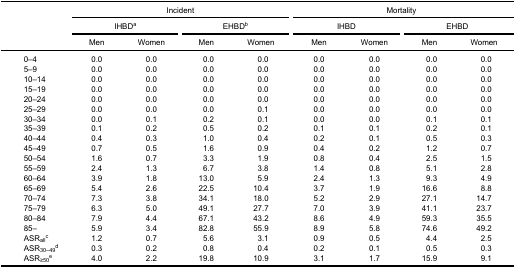
<table><thead><tr><td rowspan="5"><b> </b></td><td colspan="4"><b>Incident</b></td><td colspan="4"><b>Mortality</b></td></tr><tr><td colspan="2"><b>IHBD<sup>a</sup></b></td><td colspan="2"><b>EHBD<sup>b</sup></b></td><td colspan="2"><b>IHBD</b></td><td colspan="2"><b>EHBD</b></td></tr><tr><td><b>Men</b></td><td><b>Women</b></td><td><b>Men</b></td><td><b>Women</b></td><td><b>Men</b></td><td><b>Women</b></td><td><b>Men</b></td><td><b>Women</b></td></tr></thead><tbody><tr><td>0–4</td><td>0.0</td><td>0.0</td><td>0.0</td><td>0.0</td><td>0.0</td><td>0.0</td><td>0.0</td><td>0.0</td></tr><tr><td>5–9</td><td>0.0</td><td>0.0</td><td>0.0</td><td>0.0</td><td>0.0</td><td>0.0</td><td>0.0</td><td>0.0</td></tr><tr><td>10–14</td><td>0.0</td><td>0.0</td><td>0.0</td><td>0.0</td><td>0.0</td><td>0.0</td><td>0.0</td><td>0.0</td></tr><tr><td>15–19</td><td>0.0</td><td>0.0</td><td>0.0</td><td>0.0</td><td>0.0</td><td>0.0</td><td>0.0</td><td>0.0</td></tr><tr><td>20–24</td><td>0.0</td><td>0.0</td><td>0.0</td><td>0.0</td><td>0.0</td><td>0.0</td><td>0.0</td><td>0.0</td></tr><tr><td>25–29</td><td>0.0</td><td>0.0</td><td>0.0</td><td>0.1</td><td>0.0</td><td>0.0</td><td>0.0</td><td>0.0</td></tr><tr><td>30–34</td><td>0.0</td><td>0.1</td><td>0.2</td><td>0.1</td><td>0.0</td><td>0.0</td><td>0.1</td><td>0.1</td></tr><tr><td>35–39</td><td>0.1</td><td>0.2</td><td>0.5</td><td>0.2</td><td>0.1</td><td>0.1</td><td>0.2</td><td>0.1</td></tr><tr><td>40–44</td><td>0.4</td><td>0.3</td><td>1.0</td><td>0.4</td><td>0.2</td><td>0.1</td><td>0.5</td><td>0.3</td></tr><tr><td>45–49</td><td>0.7</td><td>0.5</td><td>1.6</td><td>0.9</td><td>0.4</td><td>0.2</td><td>1.2</td><td>0.7</td></tr><tr><td>50–54</td><td>1.6</td><td>0.7</td><td>3.3</td><td>1.9</td><td>0.8</td><td>0.4</td><td>2.5</td><td>1.5</td></tr><tr><td>55–59</td><td>2.4</td><td>1.3</td><td>6.7</td><td>3.8</td><td>1.4</td><td>0.8</td><td>5.1</td><td>2.8</td></tr><tr><td>60–64</td><td>3.9</td><td>1.8</td><td>13.0</td><td>5.9</td><td>2.4</td><td>1.3</td><td>9.3</td><td>4.9</td></tr><tr><td>65–69</td><td>5.4</td><td>2.6</td><td>22.5</td><td>10.4</td><td>3.7</td><td>1.9</td><td>16.6</td><td>8.8</td></tr><tr><td>70–74</td><td>7.3</td><td>3.8</td><td>34.1</td><td>18.0</td><td>5.2</td><td>2.9</td><td>27.1</td><td>14.7</td></tr><tr><td>75–79</td><td>6.3</td><td>5.0</td><td>49.1</td><td>27.7</td><td>7.0</td><td>3.9</td><td>41.1</td><td>23.7</td></tr><tr><td>80–84</td><td>7.9</td><td>4.4</td><td>67.1</td><td>43.2</td><td>8.6</td><td>4.9</td><td>59.3</td><td>35.5</td></tr><tr><td>85–</td><td>5.9</td><td>3.4</td><td>82.8</td><td>55.9</td><td>8.9</td><td>5.8</td><td>74.6</td><td>49.2</td></tr><tr><td>ASR<sub>all</sub><sup>c</sup></td><td>1.2</td><td>0.7</td><td>5.6</td><td>3.1</td><td>0.9</td><td>0.5</td><td>4.4</td><td>2.5</td></tr><tr><td>ASR<sub>30–49</sub><sup>d</sup></td><td>0.3</td><td>0.2</td><td>0.8</td><td>0.4</td><td>0.2</td><td>0.1</td><td>0.5</td><td>0.3</td></tr><tr><td>ASR<sub>≥50</sub><sup>e</sup></td><td>4.0</td><td>2.2</td><td>19.8</td><td>10.9</td><td>3.1</td><td>1.7</td><td>15.9</td><td>9.1</td></tr></tbody></table>